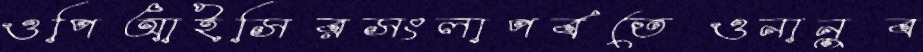
ওপিআইসিরসংলাপর্বতেওনানুব